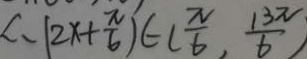
L , ( 2 x + \frac { \pi } { 6 } ) \in ( \frac { \pi } { 6 } , \frac { 1 3 \pi } { 6 } )